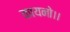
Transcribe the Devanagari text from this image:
कायनो।।